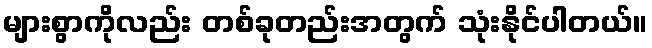
များစွာကိုလည်း တစ်ခုတည်းအတွက် သုံးနိုင်ပါတယ်။